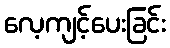
လေ့ကျင့်ပေးခြင်း